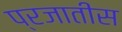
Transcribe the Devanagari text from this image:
प्रजातीस